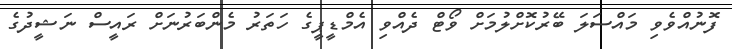
ފޮނުއްވެވި މައްސަލަ ބޭރުކޮށްލުމަށް ވޯޓް ދެއްވި އެމްޑީޕީގެ ހަތަރު މެންބަރުނަށް ރައީސް ނަޝީދުގެ